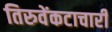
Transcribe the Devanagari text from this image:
तिरुवेंकटाचारी